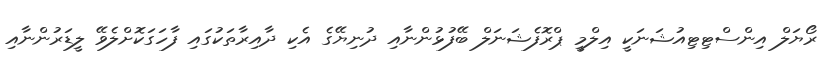
ރޯޔަލް އިންސްޓިޓިއުޝަނަކީ އިލްމީ ޕްރޮފެޝަނަލް ބޭފުޅުންނާއި ދުނިޔޭގެ އެކި ދާއިރާތަކުގައި ފާހަގަކޮށްލެވޭ ލީޑަރުންނާއި